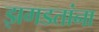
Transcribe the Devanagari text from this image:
झगडतांना